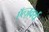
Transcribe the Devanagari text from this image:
ऍल्ज़वर्थ